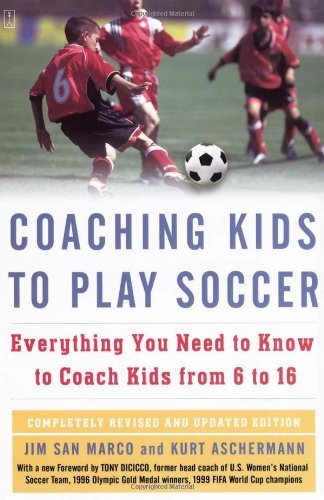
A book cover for Coaching Kids to Play Soccer: Everything You Need to Know to Coach Kids from 6 to 16; Jim San Marco; Sports & Outdoors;